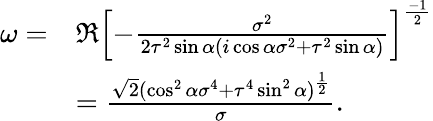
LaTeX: \begin{array}{rl}{\omega=}&{\Re\left[-\frac{\sigma^{2}}{2\tau^{2}\sin{\alpha}(i\cos\alpha\sigma^{2}+\tau^{2}\sin{\alpha})}\right]^{\frac{-1}{2}}}\\ &{=\frac{\sqrt{2}(\cos^{2}\alpha\sigma^{4}+\tau^{4}\sin^{2}\alpha)^{\frac{1}{2}}}{\sigma}.}\end{array}